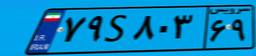
۷۹S۸۰۳۶۹